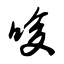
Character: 唆